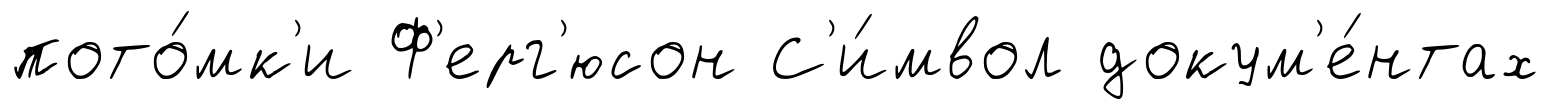
пото́мк'и Ф'ерг'юсон С'и́мвол докум'е́нтах